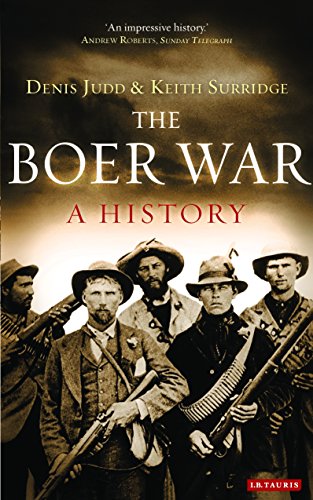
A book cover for The Boer War: A History; Denis Judd; History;